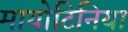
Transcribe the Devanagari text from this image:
मायोटिनिया